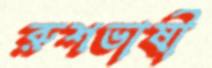
রুশভাষী